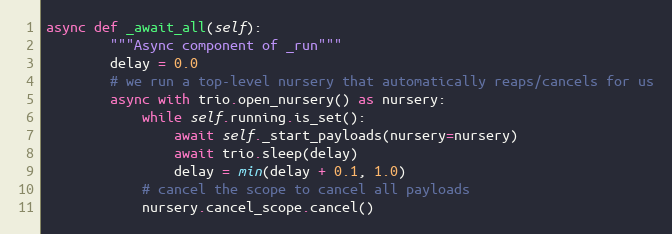
Language: Python
async def _await_all(self):
        """Async component of _run"""
        delay = 0.0
        # we run a top-level nursery that automatically reaps/cancels for us
        async with trio.open_nursery() as nursery:
            while self.running.is_set():
                await self._start_payloads(nursery=nursery)
                await trio.sleep(delay)
                delay = min(delay + 0.1, 1.0)
            # cancel the scope to cancel all payloads
            nursery.cancel_scope.cancel()